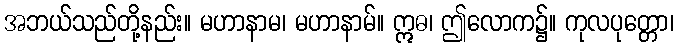
အဘယ်သည်တို့နည်း။ မဟာနာမ၊ မဟာနာမ်။ ဣဓ၊ ဤလောက၌။ ကုလပုတ္တော၊